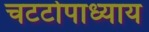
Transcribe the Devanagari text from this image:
चटटोपाध्याय